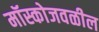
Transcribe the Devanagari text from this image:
मॉस्कोजवळील